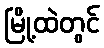
မြို့ထဲတွင်